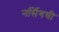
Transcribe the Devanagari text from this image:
नर्सिगची